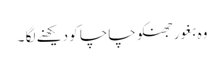
وہ بغور جھنکو چاچا کو دیکھنے لگا ۔